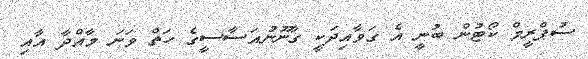
ސުޕްރީމް ކޯޓުން ބުނީ އެ ގަވާއިދަކީ ގާނޫނުއަސާސީގެ ހަތް ވަނަ މާއްދާ އާއި